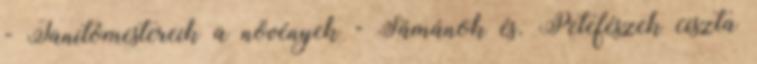
- Tanítómestereik a növények - Sámánok és. Petefészek ciszta